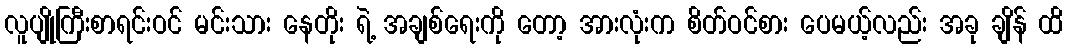
လူပျိုကြီးစာရင်းဝင် မင်းသား နေတိုး ရဲ့ အချစ်ရေးကို တော့ အားလုံးက စိတ်ဝင်စား ပေမယ့်လည်း အခု ချိန် ထိ